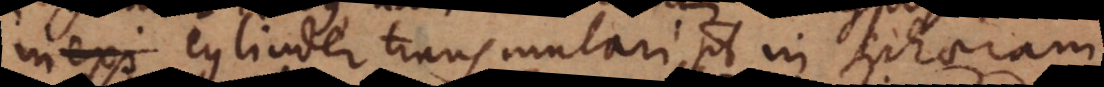
inexi cylinder transmutari potest in sphaeram,